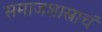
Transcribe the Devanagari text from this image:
समाजशास्त्राचं